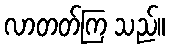
လာတတ်ကြ သည်။